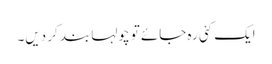
ایک کئی رہ جائے تو چولہا بند کر دیں۔